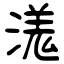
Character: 溬